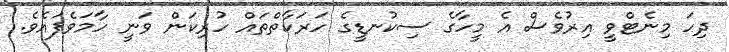
ދިހަ މިނެޓްވީ އިރުވެސް އެ މީހާގެ ސިކުނޑީގެ ހަރަކާތްތައް ހުރިކަން ވަނީ ހާމަވެފައެވެ.